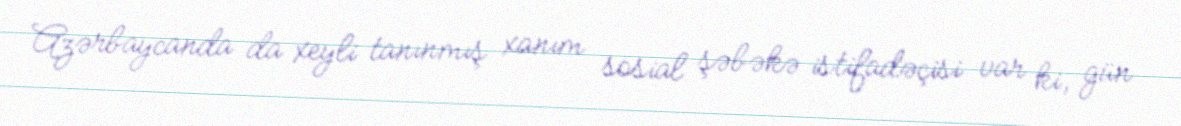
Azərbaycanda da xeyli tanınmış xanım sosial şəbəkə istifadəçisi var ki, gün